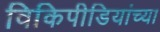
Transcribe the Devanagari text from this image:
विकिपीडियांच्या